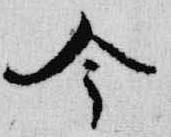
今